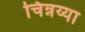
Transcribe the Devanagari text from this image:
चिन्नय्या